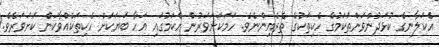
އެކަލާނގެ ކުޅަދުންވަންތަކަމުގެ ހެކިތަކުގެ ތެރެއިންނެވެ. ހަމަކަށަވަރުން އެކަމުގައި އަހާ ބަޔަކަށް ހެކިތަކެއްވާކަން ކަށަވަރެވެ.